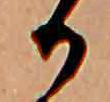
か